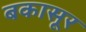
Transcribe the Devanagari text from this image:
बकासूर